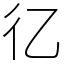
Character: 𢒼